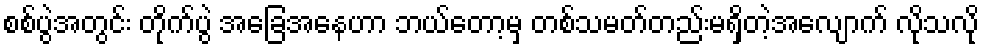
စစ်ပွဲအတွင်း တိုက်ပွဲ အခြေအနေဟာ ဘယ်တော့မှ တစ်သမတ်တည်းမရှိတဲ့အလျောက် လိုသလို